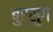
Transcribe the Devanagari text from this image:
बुरसुंगे